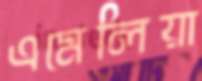
এমেলিয়া